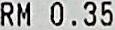
RM 0.35